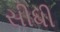
સીધી